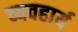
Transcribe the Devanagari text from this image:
व्‍यवहार्य